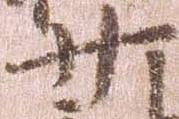
少